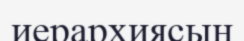
иерархиясын